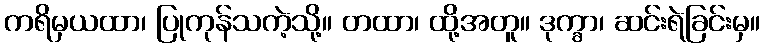
ကရိမှယထာ၊ ပြုကုန်သကဲ့သို့။ တထာ၊ ထို့အတူ။ ဒုက္ခာ၊ ဆင်းရဲခြင်းမှ။